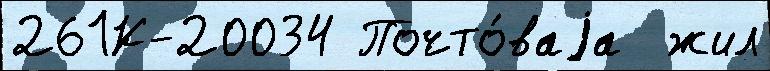
261К-20034 Почто́ваjа  жил